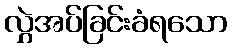
လွှဲအပ်ခြင်းခံရသော